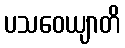
ပသဝေယျာတိ